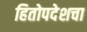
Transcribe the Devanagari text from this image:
हितोपदेशचा